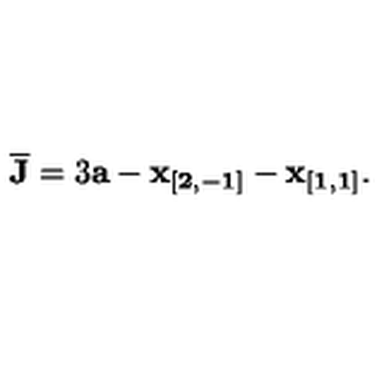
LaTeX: { \bf \overline { { J } } } = 3 { \bf a } - { \bf x _ { [ 2 , - 1 ] } } - { \bf x _ { [ 1 , 1 ] } } .